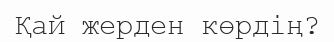
Қай жерден көрдің?